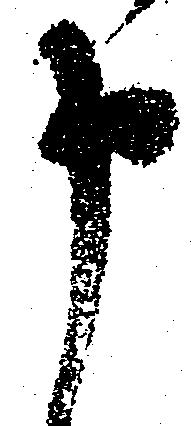
申